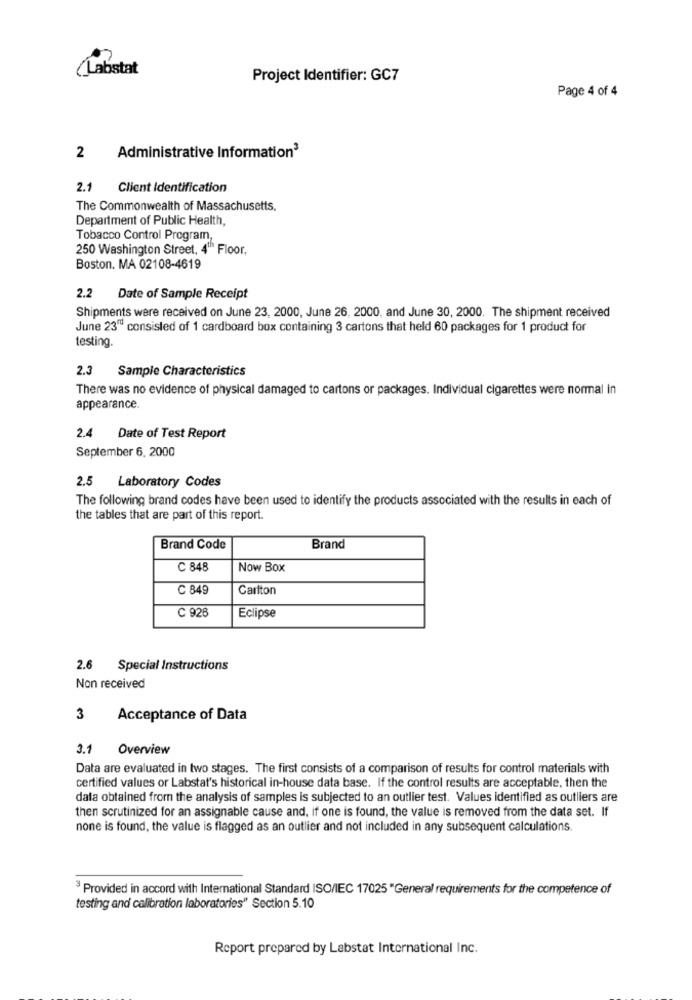
(Labstat
Project Identifier: GC7
Page 4 of 4
2
Administrative Information3
2.1 Client Identification
The Commonwealth of Massachusetts.
Department of Public Health,
Tobacco Control Program,
250 Washington Street, 4" Floor,
Boston, MA 02108-4619
2.2
Date of Sample Receipt
Shipments were received on June 23, 2000, June 26, 2000, and June 30, 2000. The shipment received
June 23" consisted of 1 cardboard box containing 3 cartons that held 60 packages for 1 product for
testing.
2.3
Sample Characteristics
There was no evidence of physical damaged to cartons or packages. Individual cigarettes were normal in
appearance.
2.4
Date of Test Report
September 6, 2000
2.5 Laboratory Codes
The following brand codes have been used to identify the products associated with the results in each of
the tables that are part of this report.
Brand Code
Brand
C 848
Now Box
C 849
Carlton
C 926
Eclipse
2.6
Special Instructions
Non received
3
Acceptance of Data
3.1
Overview
Data are evaluated in two stages. The first consists of a comparison of results for control materials with
certified values or Labstat's historical in-house data base. If the control results are acceptable, then the
data obtained from the analysis of samples is subjected to an outlier test. Values identified as outliers are
then scrutinized for an assignable cause and, if one is found, the value is removed from the data set. If
none is found, the value is flagged as an outlier and not included in any subsequent calculations.
3 Provided in accord with International Standard ISO/IEC 17025 "General requirements for the competence of
testing and calibration laboratories" Section 5.10
Report prepared by Labstat International Inc.